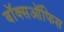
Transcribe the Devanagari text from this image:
बाॅक्सऑफिस